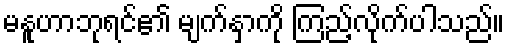
မနူဟာဘုရင်၏ မျက်နှာကို ကြည့်လိုက်ပါသည်။